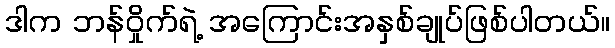
ဒါက ဘန်ဝှိုက်ရဲ့ အကြောင်းအနှစ်ချုပ်ဖြစ်ပါတယ်။